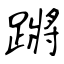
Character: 蹡